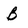
Character: B